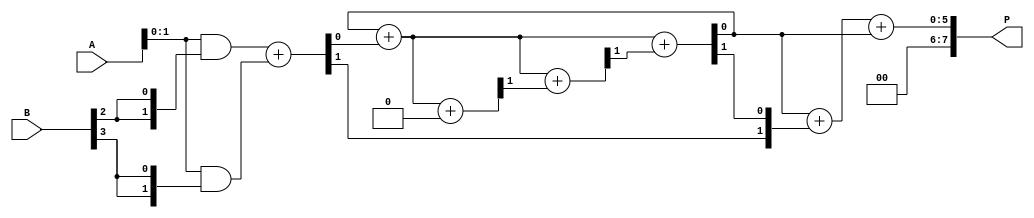
module scalable_wallace_tree_multiplier #(
    parameter N = 4 // Bit-width of the input operands
)(
    input  wire [N-1:0] A, // First operand
    input  wire [N-1:0] B, // Second operand
    output wire [2*N-1:0] P // Product output
);

    // Generate partial products
    wire [N-1:0] pp [0:N-1]; // Partial products
    genvar i, j;
    generate
        for (i = 0; i < N; i = i + 1) begin : gen_partial_products
            assign pp[i] = A & {N{B[i]}}; // AND each bit of A with each bit of B
        end
    endgenerate

    // Wallace Tree Reduction
    wire [N+1:0] sum [0:N-1]; // Sums at each level
    wire [N-1:0] carry [0:N-1]; // Carries at each level

    // Initial stage: Connect partial products
    wire [N-1:0] stage0 [0:N-1];
    generate
        for (i = 0; i < N; i = i + 1) begin : stage0_assign
            assign stage0[i] = pp[i];
        end
    endgenerate

    // Wallace tree reduction stages
    genvar level;
    for (level = 0; level < N-1; level = level + 1) begin : reduction_stage
        for (i = 0; i < (N + 1) / 2; i = i + 1) begin : adders
            if (i < (N - 1) / 2) begin
                // Full adder for three inputs
                assign {carry[level][i], sum[level][i]} = stage0[2*i] + stage0[2*i + 1] + (level > 0 ? carry[level-1][i] : 0);
            end else if (2*i < N) begin
                // Half adder for two inputs
                assign {carry[level][i], sum[level][i]} = stage0[2*i] + stage0[2*i + 1];
            end
        end
        // Prepare for the next stage
        for (i = 0; i < (N + 1) / 2; i = i + 1) begin : stage_assign
            if (i < (N - 1) / 2) begin
                assign stage0[i] = sum[level][i];
            end else if (2*i < N) begin
                assign stage0[i] = sum[level][i];
            end
        end
    end

    // Final addition stage
    wire [2*N-1:0] final_sum;
    wire [2*N-1:0] final_carry;

    assign final_sum = {1'b0, stage0[0]} + {1'b0, carry[N-2]} + {1'b0, sum[N-2][0]};

    // Assign final product
    assign P = final_sum;

endmodule